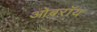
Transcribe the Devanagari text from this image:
ओबराॅय